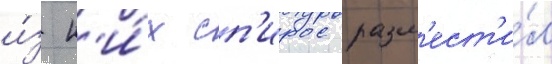
и́з н'и́х сп'ирос разм'ест'и́л